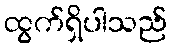
ထွက်ရှိပါသည်